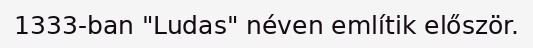
1333-ban "Ludas" néven említik először.